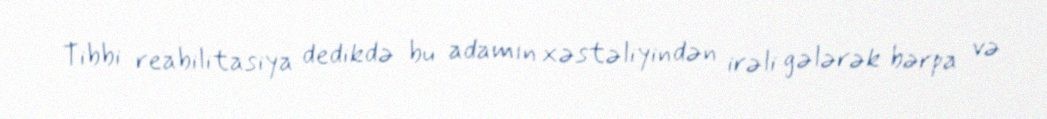
Tibbi reabilitasiya dedikdə bu adamın xəstəliyindən irəli gələrək bərpa və